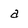
Character: a